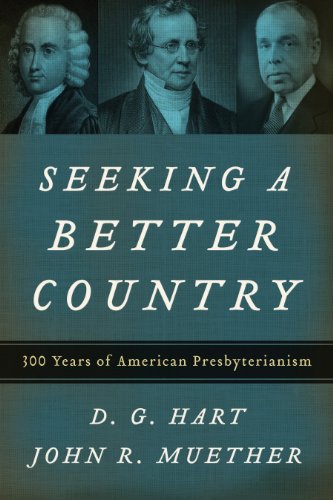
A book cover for Seeking a Better Country: 300 Years of American Presbyterianism; D. G. Hart; Christian Books & Bibles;